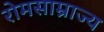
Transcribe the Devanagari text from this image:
रोमसाम्राज्य